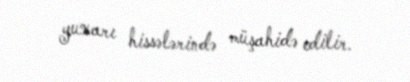
yuxarı hissələrində müşahidə edilir.